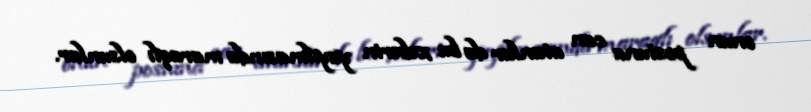
onun postuna can atanlar da bu xəbərin yayılmasında maraqlı olsunlar.